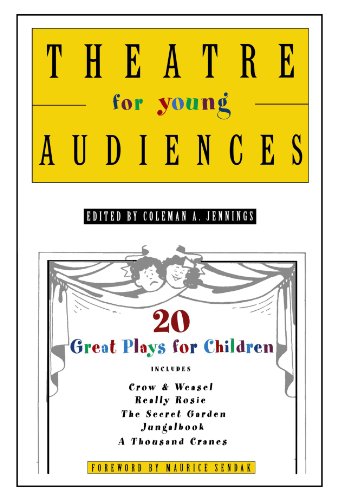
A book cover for Theatre for Young Audiences: 20 Great Plays for Children; Literature & Fiction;